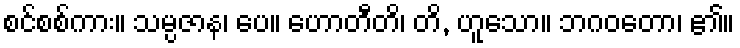
စင်စစ်ကား။ သမ္ပဇာန၊ ပေ။ ဟောတီတိ၊ တိ, ဟူသော။ ဘဂဝတော၊ ၏။